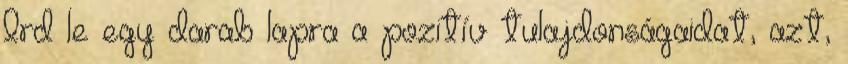
Írd le egy darab lapra a pozitív tulajdonságaidat, azt,